Report on lock hospitals in British Burma
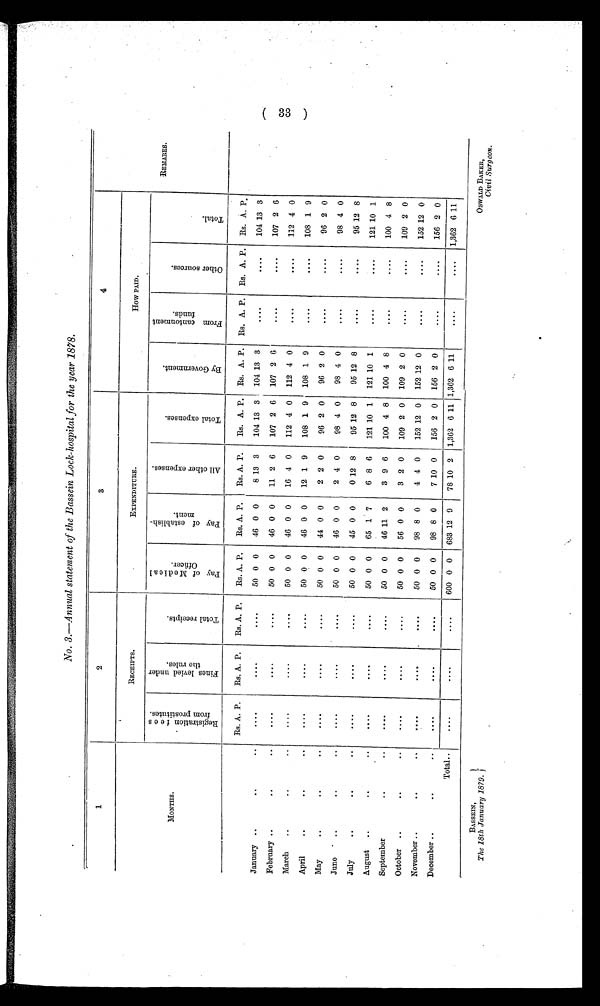
No. 3.—Annual statement of the Bassein Lock-hospital for the year 1878.
1
2
3
4
REMARKS.
MONTHS.
RECEIPTS.
EXPENDITURE.
How PAID.
R e g i s t r a t i o n f e e s f r o m p r o s t i t u e s.
F i n e s l e v i e d u n d e r t h e r u l e s
.
T o t a l r e c e i p t s .
P a y o f M e d i c a l O f f i c e r .
P a y o f e s t a b l i s h - m e n t
.
A l l o t h e r e x p e n s e s .
T o t a l e x p e n s e s
.
B y G o v e r n m e n t
.
F r o m c a n t o n m e n t f u n d s
.
o t h e r s o u r c e s
.
T o t a l .
Rs. A. P.
Rs. A. P.
Rs. A. P.
Rs. A. P.
Rs. A. P.
Rs. A. P.
Rs. A. P.
Rs. A. P.
Rs. A. P. Rs. A. P. Rs. A. P.
January ..
. .
..
. . . .
. . . .
. . . .
50 0 0
46 0 0
8 13 3
104 13 3
104 13 3
....
. . . .
104 13 3
February ..
..
..
....
....
. . . .
50 0 0
46 0 0
11 2 6
107 2 6
107 2 6
....
. . . .
107 2 6
March
..
..
..
....
. . . .
....
50 0 0
46 0 0
16 4 0
112 4 0
112 4 0
. . . .
....
112 4 0
April
..
..
. .
....
. . . .
. . . .
50 0 0
46 0 0
12 1 9
108 1 9
108 1 9
....
....
108 1 9
May
..
..
..
. . . .
....
. . . .
50 0 0
44 0 0
2 2 0
96 2 0
96 2 0
. . . .
....
96 2 0
Juno
..
..
..
. . . .
. . . .
. . . .
50 0 0
46 0 0
2 4 0
98 4 0
98 4 0
....
. . . .
98 4 0
July
..
. .
..
....
. . . .
. . . .
50 0 0
45 0 0
0 12 8
95 12 8
95 12 8
. . . .
. . . .
95 12 8
August
..
. .
..
. . . .
. . . .
. . . .
50 0 0
65 1 7
6 8 6
121 10 1
121 10 1
....
. . . .
121 10 1
September
. .
..
. . . .
. . . .
. . . .
50 0 0
46 11 2
3 9 6
100 4 8
100 4 8
. . . .
....
100 4 8
October
..
..
..
....
....
. . . .
50 0 0
56 0 0
3 2 0
109 2 0
109 2 0
....
....
109 2 0
November ..
..
..
. . . .
. . . .
. . . .
50 0 0
98 8 0
4 4 0
152 12 0
152 12 0
. . . .
....
152 12 0
December ..
..
....
. . . .
....
50 0 0
98 8 0
7 10 0
156 2 0
156 2 0
....
....
156 2 0
Total..
....
. . . .
. . . .
600 0 0
683 12 9
78 10 2
1,362 6 11 1,362 6 11
. . . .
....
1,362 6
1 1
C
AD
BAKER,
Civil Surgeon.